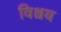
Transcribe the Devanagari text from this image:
विश्वय